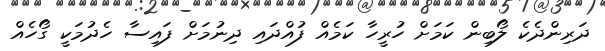
ދަރިންދެކެ ލޯބިން ކަމަށް ހުރީހާ ކަމެއް ފުއްދައި ދިނުމަށް ފައިސާ ހެދުމަކީ ގޯހެއް